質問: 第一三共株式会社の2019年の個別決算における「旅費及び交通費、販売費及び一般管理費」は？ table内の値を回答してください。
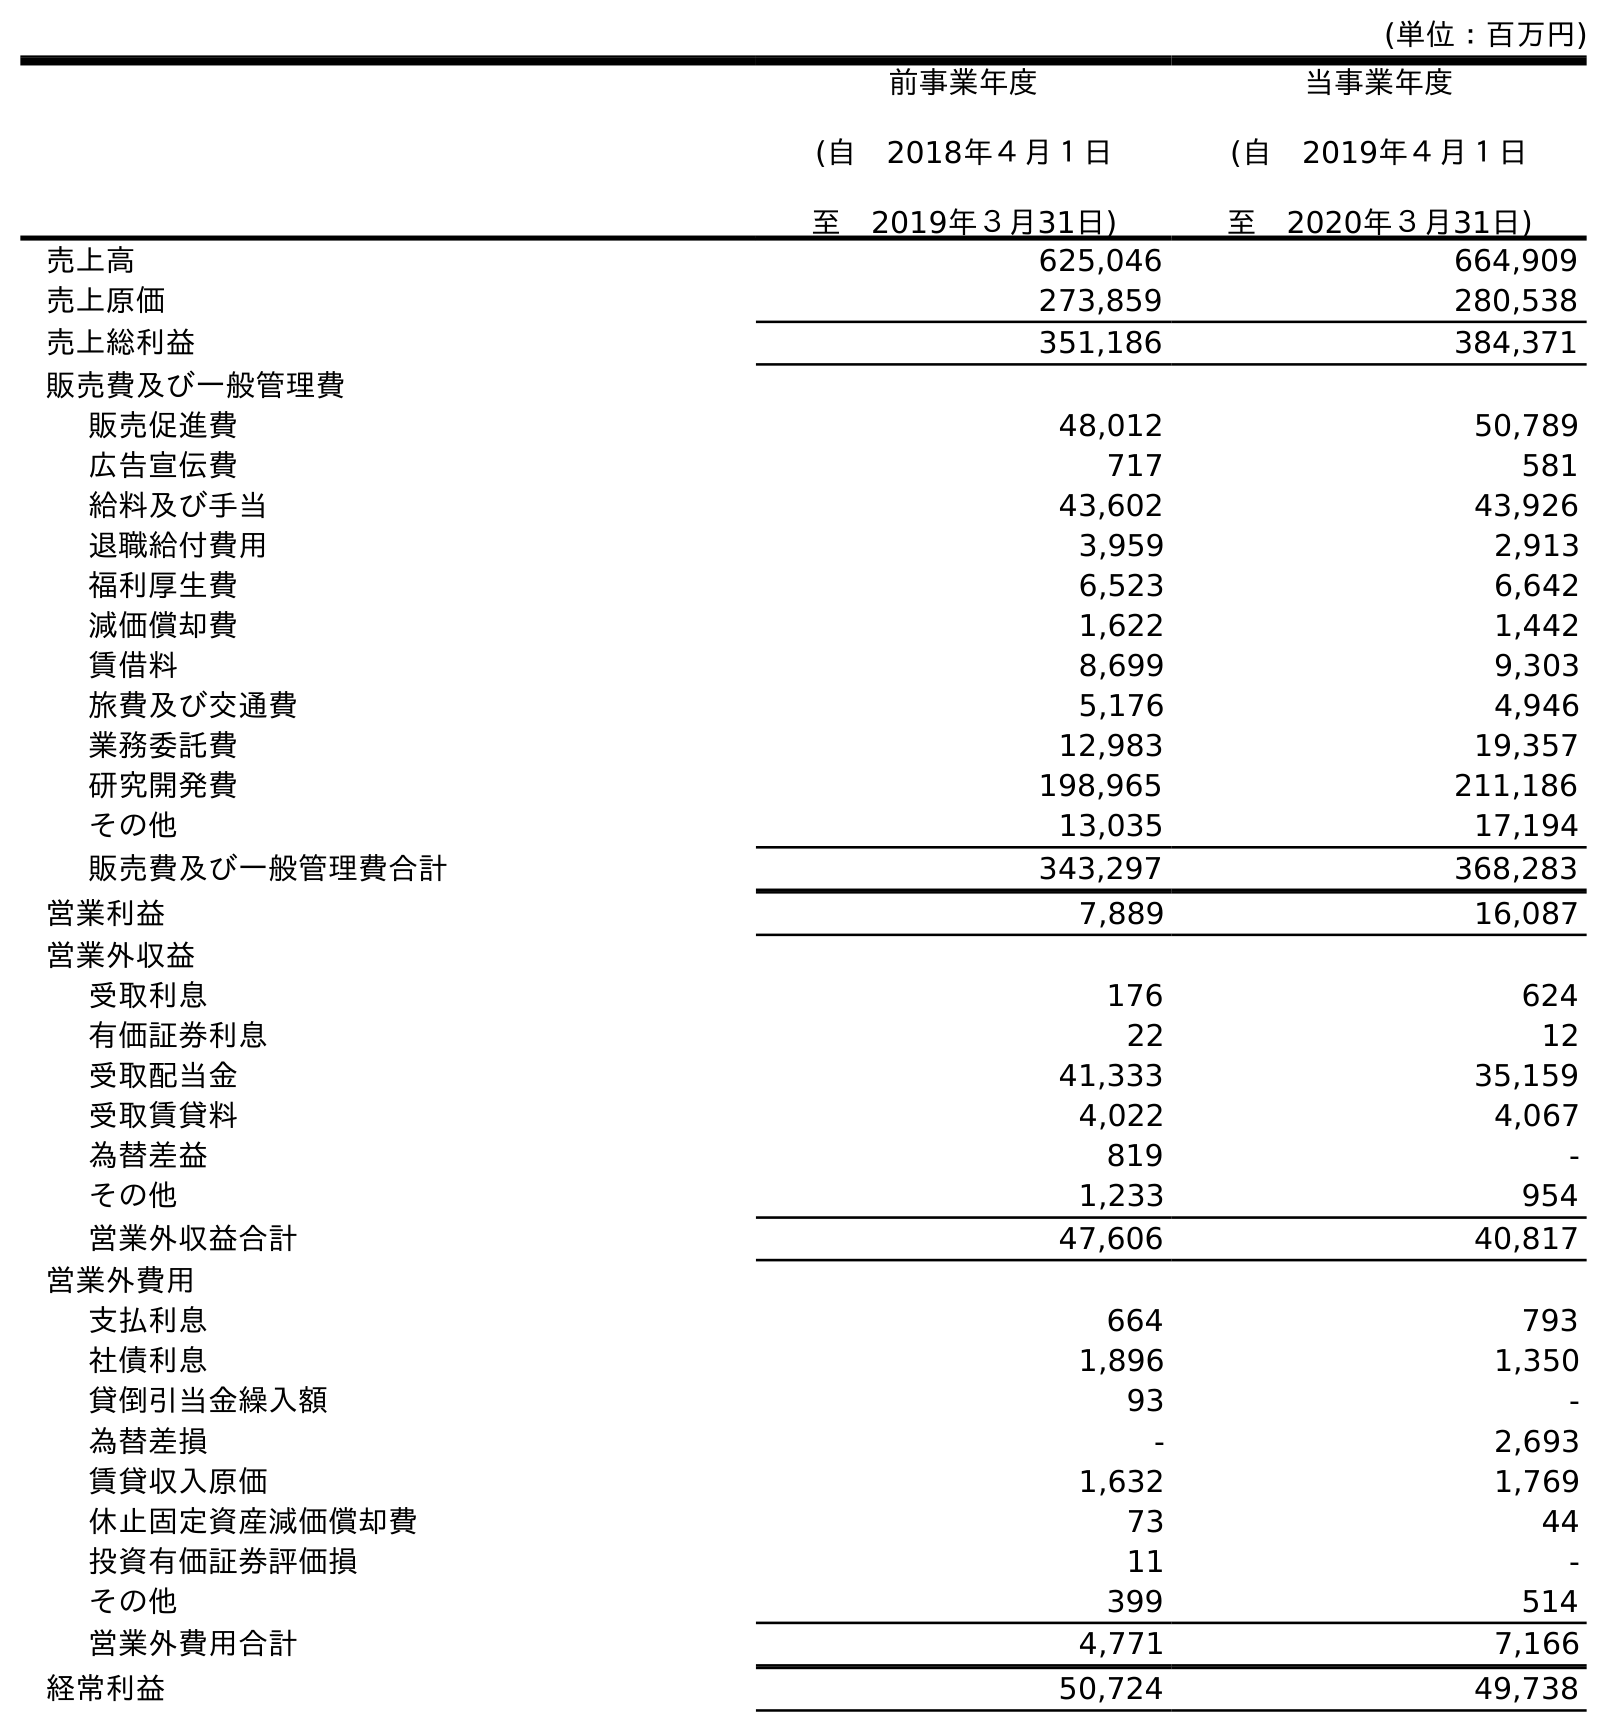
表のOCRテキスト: (単位：百万円) 前事業年度 (自 2018年４月１日 至 2019年３月31日) 当事業年度 (自 2019年４月１日 至 2020年３月31日) 売上高 625,046 664,909 売上原価 273,859 280,538 売上総利益 351,186 384,371 販売費及び一般管理費 販売促進費 48,012 50,789 広告宣伝費 717 581 給料及び手当 43,602 43,926 退職給付費用 3,959 2,913 福利厚生費 6,523 6,642 減価償却費 1,622 1,442 賃借料 8,699 9,303 旅費及び交通費 5,176 4,946 業務委託費 12,983 19,357 研究開発費 198,965 211,186 その他 13,035 17,194 販売費及び一般管理費合計 343,297 368,283 営業利益 7,889 16,087 営業外収益 受取利息 176 624 有価証券利息 22 12 受取配当金 41,333 35,159 受取賃貸料 4,022 4,067 為替差益 819 - その他 1,233 954 営業外収益合計 47,606 40,817 営業外費用 支払利息 664 793 社債利息 1,896 1,350 貸倒引当金繰入額 93 - 為替差損 - 2,693 賃貸収入原価 1,632 1,769 休止固定資産減価償却費 73 44 投資有価証券評価損 11 - その他 399 514 営業外費用合計 4,771 7,166 経常利益 50,724 49,738
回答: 5,176